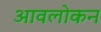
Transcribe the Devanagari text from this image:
आवलोकन